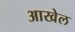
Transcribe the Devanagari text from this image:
आखेल